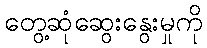
တွေ့ဆုံဆွေးနွေးမှုကို